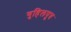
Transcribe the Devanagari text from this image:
गुहिलपुत्र